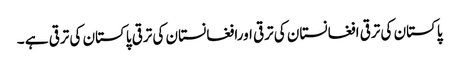
پاکستان کی ترقی افغانستان کی ترقی اورافغانستان کی ترقی پاکستان کی ترقی ہے ۔